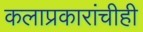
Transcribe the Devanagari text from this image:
कलाप्रकारांचीही